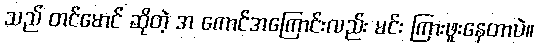
သည် တင်မောင် ဆိုတဲ့ အ ကောင်အကြောင်းလည်း မင်း ကြားဖူးနေတာပဲ။